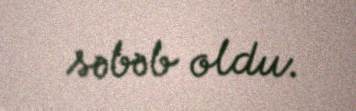
səbəb oldu.